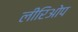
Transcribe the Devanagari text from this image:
लीरिओप